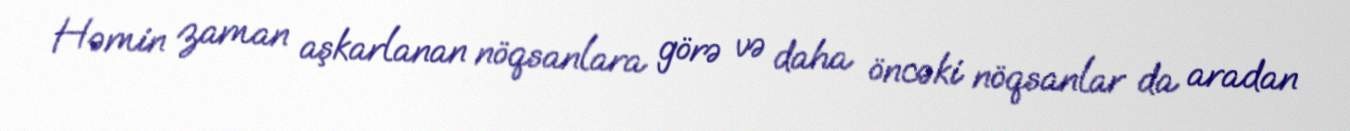
Həmin zaman aşkarlanan nöqsanlara görə və daha öncəki nöqsanlar da aradan